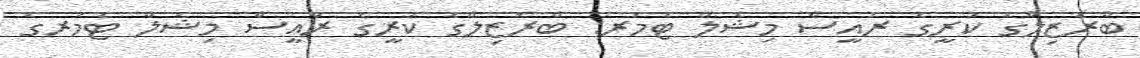
ބްރެޒިލްގެ ކުރީގެ ރައީސް މިޝެލް ޓެމަރ: ބްރެޒިލްގެ ކުރީގެ ރައީސް މިޝެލް ޓެމަރގެ